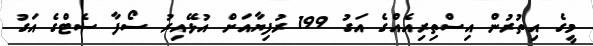
މީގެ އިތުރުން އިސްތިރިއެއްގެ އަގު 199 ރުފިޔާއަށް އުޅޭއިރު ސޯފާ ސެޓްގެ އަގު